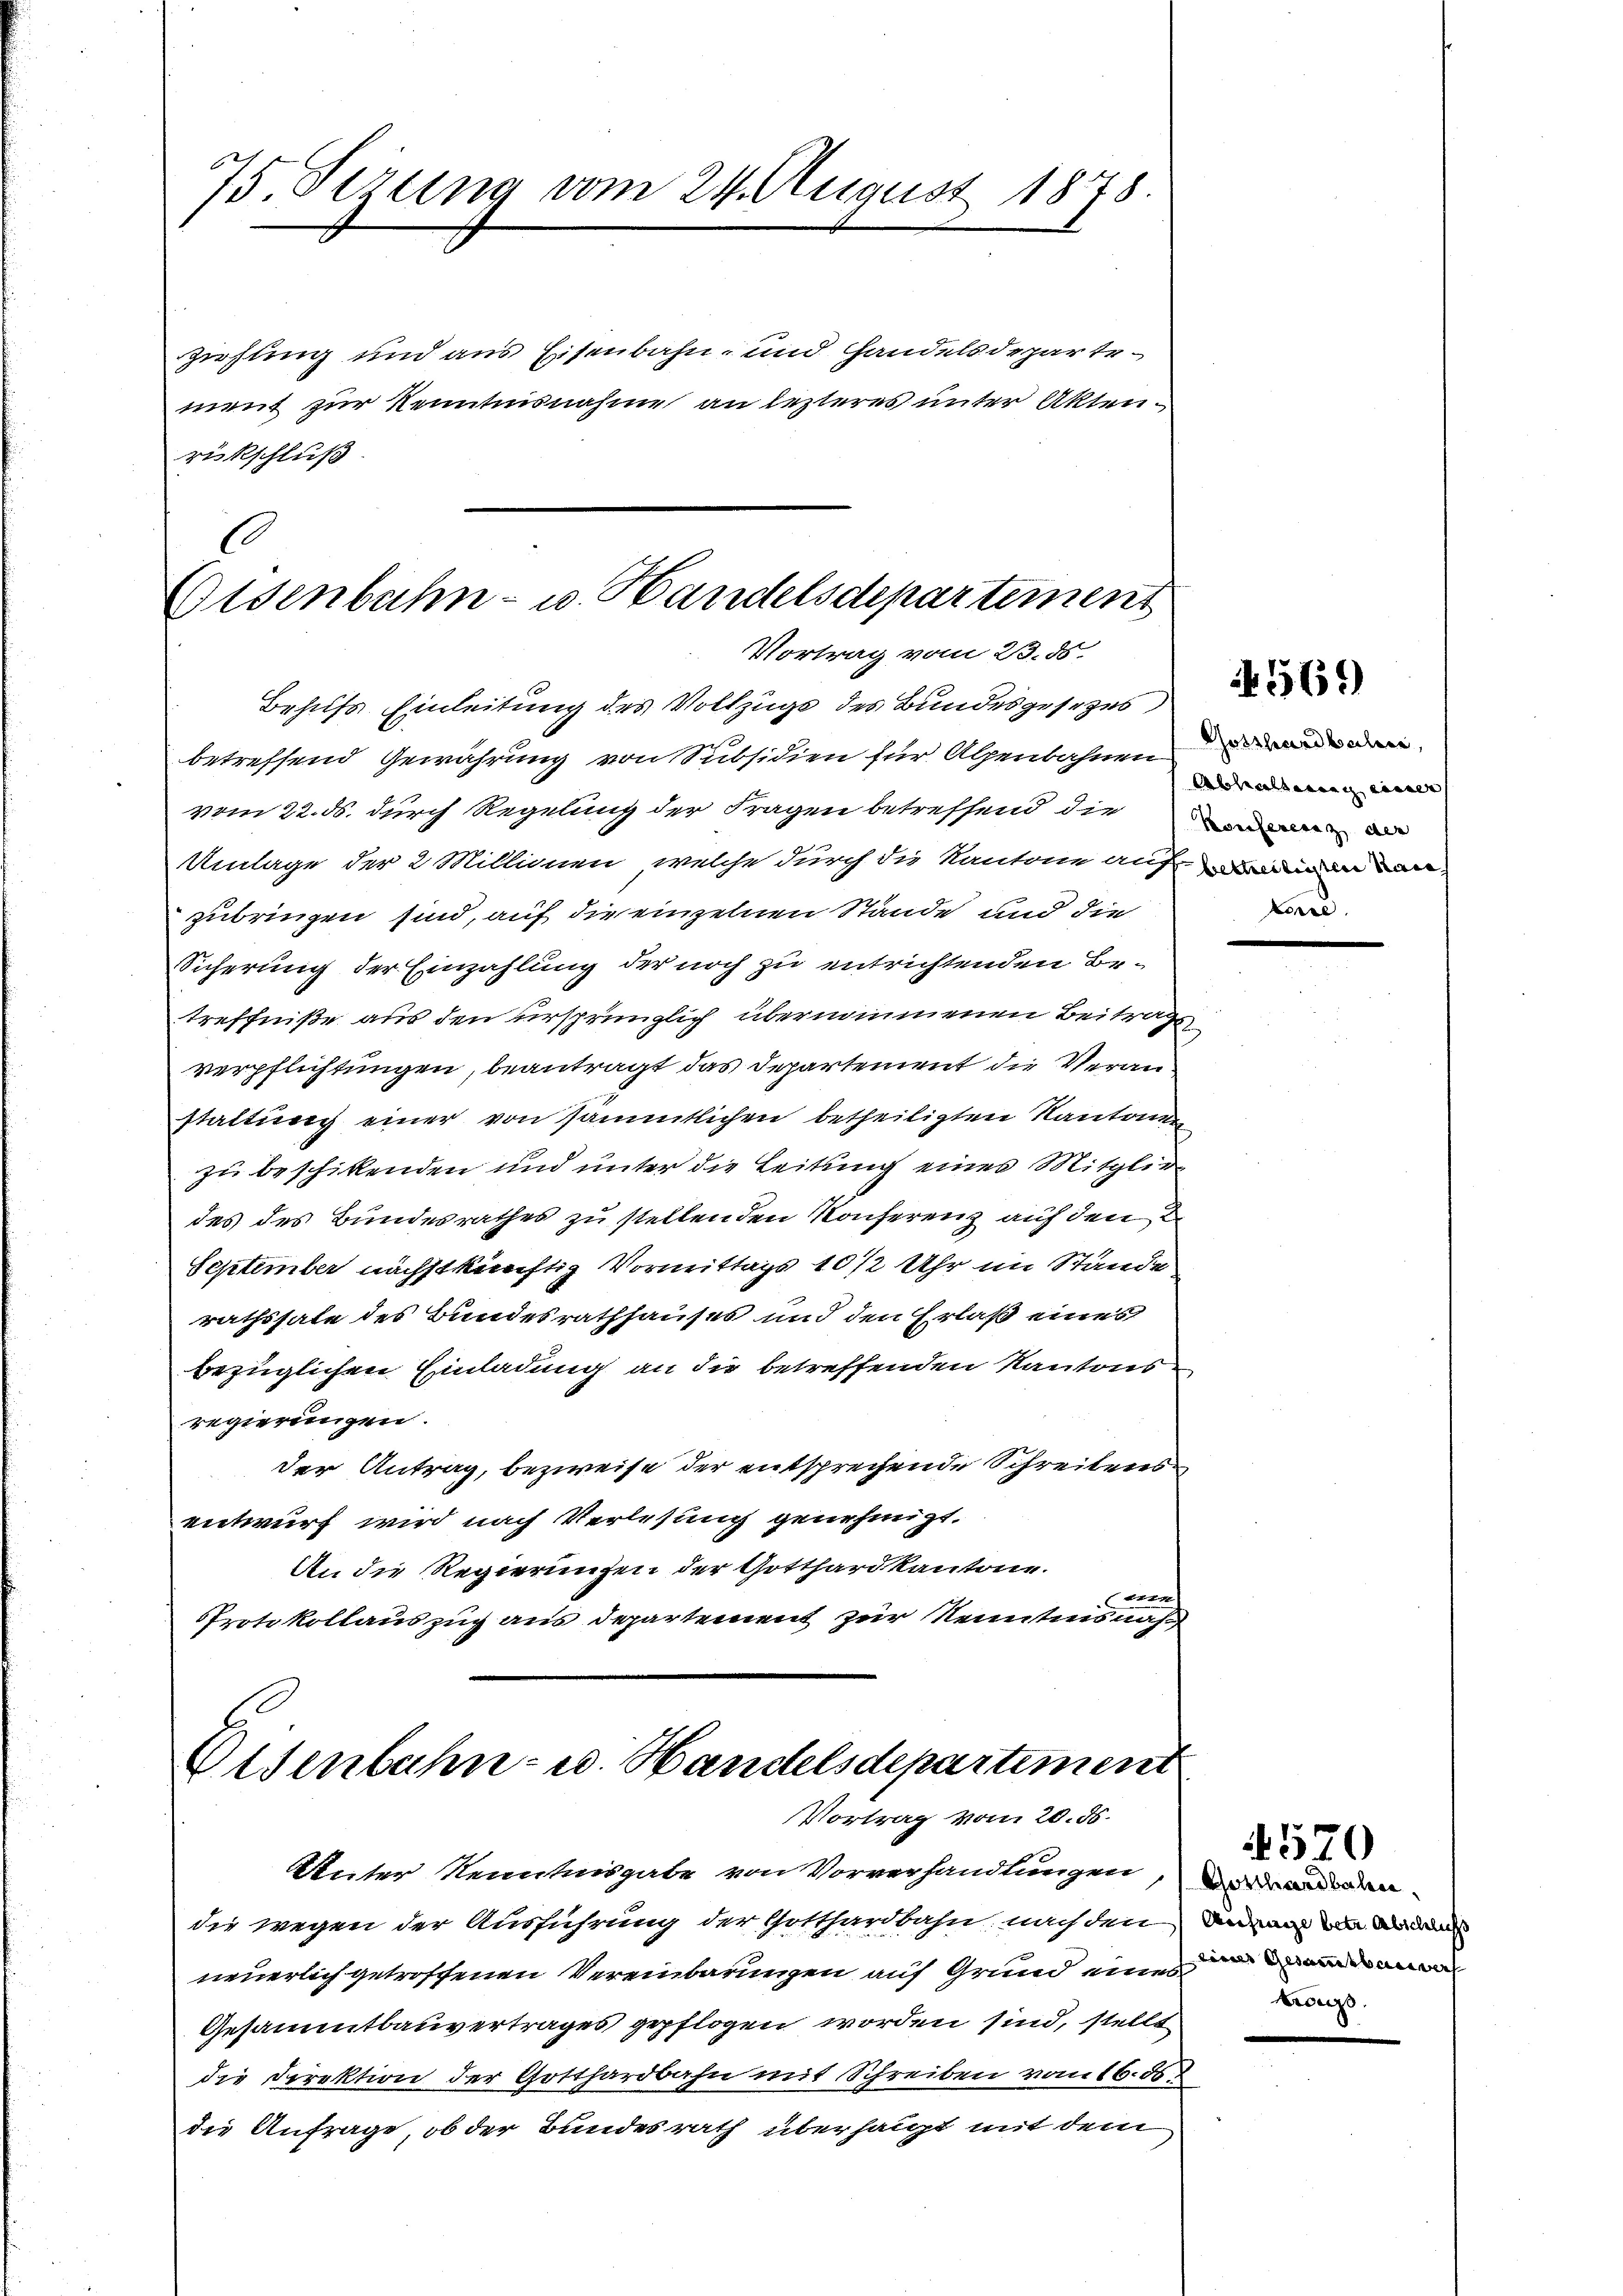
75. Sezung vom 24. August 1878.

ziehung und aus Eisenbahn- und Handelsdepartement zur Kenntnisnahme an lezteres unter Aktenrückschluß.

C
Eisenbahn- u. Handelsdepartement
Vortrag vom 23. ds.
Behufs Einleitung des Vollzugs des Bundesgesezes

betreffend Gewährung von Subsidien für Alpenbahnen
vom 22. ds. durch Regelung der Fragen betreffend die
Umlage der 2 Millionen, welche durch die Kantone auf
zubringen sind, auf die einzelnen Stände und die
Sicherung der Einzahlung der noch zu entrichtenden Betreffniße aus den ursprünglich übernommenen Beitrag
verpflichtungen, beantragt das Departement die Veranstattung einer von sämmtlichen betheiligten Kantonen
zu beschikenden und unter die Leitung eines Mitgliedes des Bundesrathes zu stellenden Konferenz auf den
September nächstkünftig Vormittags 10 1/2 Uhr im Stände
rathssale des Bundesrathhauses und den Erlaß eines
bezüglichen Einladung an die betreffenden Kantonsregierungen.
der Antrag, bezweife der entsprechende Schreibens
entwurf wird nach Verlesung genehmigt.
An die Regierungen der Gotthard kantone.
em
Protokollauszug aus Departement zur Kenntnisnah

Eisenbahn- u. Handelsdepartiment
Vortrag vom 20. ds.

Weiter Kenntnisgabe von Vorverhandlungen, und anden
die wegen der Ausführung der Gotthardbahn, nach den man an and
neuerlich getroffenen Vereinbarungen auf Grund eine
Gesammtbauvertrages gepflogen worden sind, stellt
die Direktion der Gotthardbahn mit Schreiben vom 16. ds.
die Anfrage, ob der Bundesrath überhaupt mit dem

Gosthardbalica,
Abhaltung einer
Korre

Kreuz

570